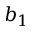
b _ { 1 }